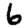
Digit: 6